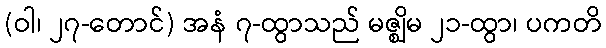
(ဝါ၊ ၂၇-တောင်) အနံ ၇-ထွာသည် မဇ္ဈိမ ၂၁-ထွာ၊ ပကတိ